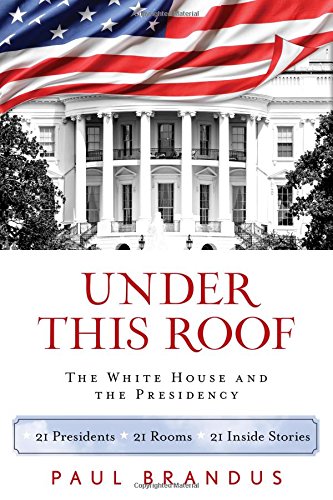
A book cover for Under This Roof: The White House and the Presidency--21 Presidents, 21 Rooms, 21 Inside Stories; Paul Brandus; Biographies & Memoirs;